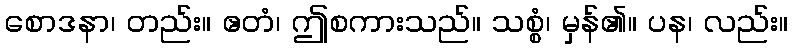
စောဒနာ၊ တည်း။ ဧတံ၊ ဤစကားသည်။ သစ္စံ၊ မှန်၏။ ပန၊ လည်း။